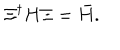
LaTeX: \Xi ^ { \dagger } H \Xi = { \bar { H } } .